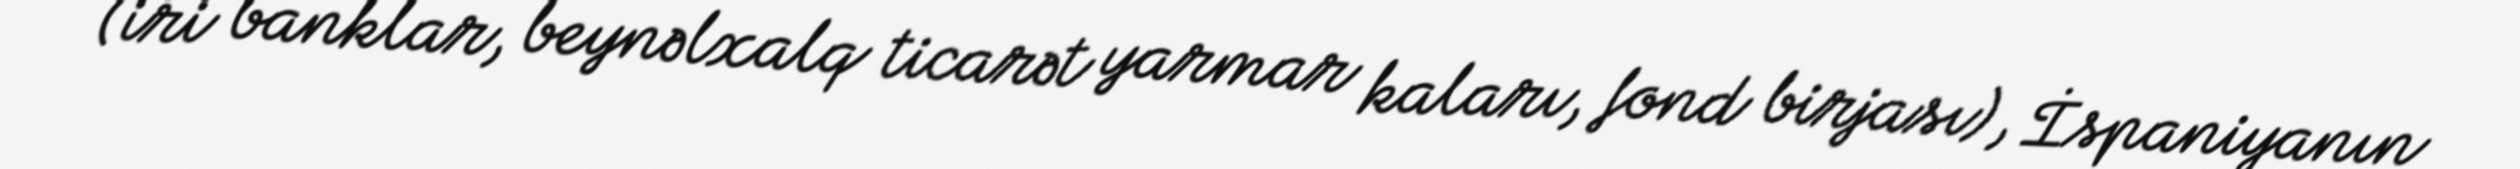
(iri banklar, beynəlxalq ticarət yarmar kaları, fond birjası), İspaniyanın